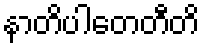
နာတိပါတေတီတိ